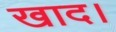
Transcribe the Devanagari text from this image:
खाद।